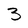
Character: 3